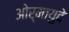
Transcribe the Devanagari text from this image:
ओर्मायुदे